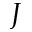
J